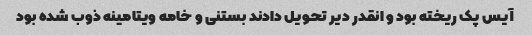
آیس پک ریخته بود و انقدر دیر تحویل دادند بستنی و خامه ویتامینه ذوب شده بود